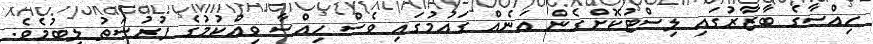
ހިއްސާގެ ބާޒާރުގައި ލިސްޓުކޮށްގެން އަނެއް ގައުމުގައި ވެސް ހިއްސާ ވިއްކުމުގެ ފުރުސަތު ލިބުމެވެ.